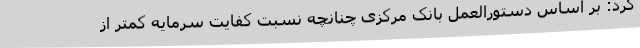
کرد: بر اساس دستورالعمل بانک مرکزی چنانچه نسبت کفایت سرمایه کمتر از